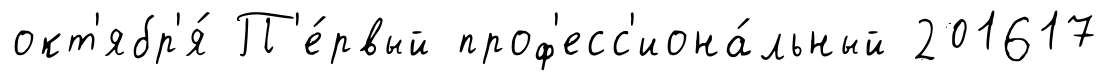
окт'ябр'я́ П'е́рвый проф'есс'иона́льный 201617